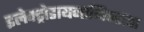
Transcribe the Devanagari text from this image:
इलेक्ट्रोडायनामिक्सचा